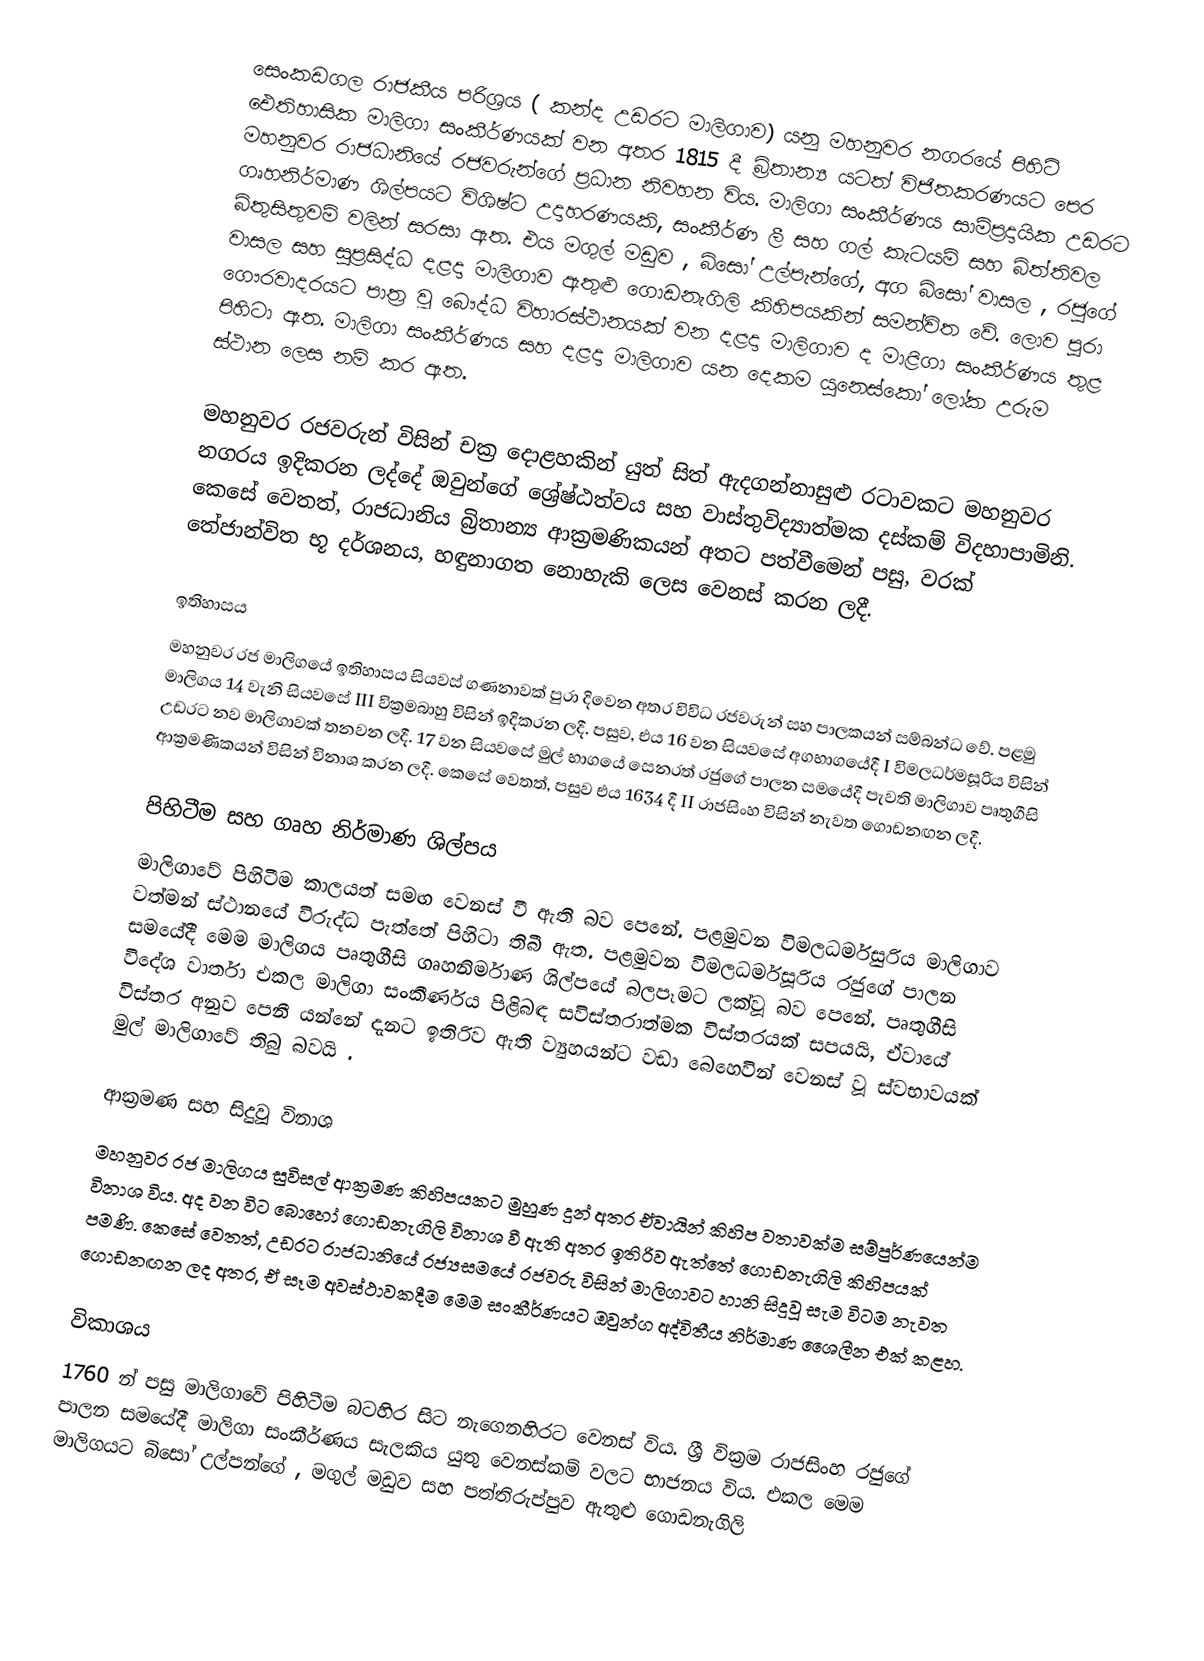
සෙංකඩගල රාජකීය පරිශ්‍රය ( කන්ද උඩරට මාලිගාව) යනු මහනුවර නගරයේ පිහිටි ඓතිහාසික මාලිගා සංකීර්ණයක් වන අතර 1815 දී බ්‍රිතාන්‍ය යටත් විජිතකරණයට පෙර මහනුවර රාජධානියේ රජවරුන්ගේ ප්‍රධාන නිවහන විය. මාලිගා සංකීර්ණය සාම්ප්‍රදායික උඩරට ගෘහනිර්මාණ ශිල්පයට විශිෂ්ට උදාහරණයකි, සංකීර්ණ ලී සහ ගල් කැටයම් සහ බිත්තිවල බිතුසිතුවම් වලින් සරසා ඇත. එය මගුල් මඩුව ,  බිසෝ උල්පැන්ගේ, අග බිසෝ වාසල , රජුගේ වාසල  සහ සුප්‍රසිද්ධ දළදා මාලිගාව ඇතුළු ගොඩනැගිලි කිහිපයකින් සමන්විත වේ. ලොව පුරා ගෞරවාදරයට පාත්‍ර වූ බෞද්ධ විහාරස්ථානයක් වන දළදා මාලිගාව ද මාළිගා සංකීර්ණය තුළ පිහිටා ඇත. මාලිගා සංකීර්ණය සහ දළදා මාලිගාව යන දෙකම යුනෙස්කෝ ලෝක උරුම ස්ථාන ලෙස නම් කර ඇත.

මහනුවර රජවරුන් විසින් චක්‍ර දොළහකින් යුත් සිත් ඇදගන්නාසුළු රටාවකට මහනුවර නගරය ඉදිකරන ලද්දේ ඔවුන්ගේ ශ්‍රේෂ්ඨත්වය සහ වාස්තුවිද්‍යාත්මක දස්කම් විදහාපාමිනි. කෙසේ වෙතත්, රාජධානිය බ්‍රිතාන්‍ය ආක්‍රමණිකයන් අතට පත්වීමෙන් පසු, වරක් තේජාන්විත භූ දර්ශනය, හඳුනාගත නොහැකි ලෙස වෙනස් කරන ලදී.

ඉතිහාසය
මහනුවර රජ මාලිගයේ ඉතිහාසය සියවස් ගණනාවක් පුරා දිවෙන අතර විවිධ රජවරුන් සහ පාලකයන් සම්බන්ධ වේ. පළමු මාලිගය 14 වැනි සියවසේ III වික්‍රමබාහු විසින් ඉදිකරන ලදී. පසුව, එය 16 වන සියවසේ අගභාගයේදී I විමලධර්මසූරිය විසින් උඩරට නව මාලිගාවක් තනවන ලදී. 17 වන සියවසේ මුල් භාගයේ සෙනරත් රජුගේ පාලන සමයේදී පැවති මාලිගාව පෘතුගීසි ආක්‍රමණිකයන් විසින් විනාශ කරන ලදී. කෙසේ වෙතත්, පසුව එය 1634 දී II රාජසිංහ විසින් නැවත ගොඩනඟන ලදී.

පිහිටීම සහ ගෘහ නිර්මාණ ශිල්පය
මාලිගාවේ පිහිටීම කාලයත් සමඟ වෙනස් වී ඇති බව පෙනේ. පළමුවන විමලධර්මසුරිය මාලිගාව වත්මන් ස්ථානයේ විරුද්ධ පැත්තේ පිහිටා තිබී ඇත. පළමුවන විමලධර්මසූරිය රජුගේ පාලන සමයේදී මෙම මාලිගය පෘතුගීසි ගෘහනිර්මාණ ශිල්පයේ බලපෑමට ලක්වූ බව පෙනේ. පෘතුගීසි විදේශ වාර්තා  එකල මාලිගා සංකීර්ණය පිළිබඳ සවිස්තරාත්මක විස්තරයක් සපයයි, ඒවායේ විස්තර අනුව පෙනී යන්නේ දැනට ඉතිරිව ඇති ව්‍යුහයන්ට වඩා බෙහෙවින් වෙනස් වූ ස්වභාවයක් මුල් මාලිගාවේ තිබු බවයි .

ආක්‍රමණ සහ සිදුවූ විනාශ
මහනුවර රජ මාලිගය සුවිසල් ආක්‍රමණ කිහිපයකට මුහුණ දුන් අතර ඒවායින් කිහිප වතාවක්ම සම්පුර්ණයෙන්ම විනාශ විය. අද වන විට බොහෝ ගොඩනැගිලි විනාශ වී ඇති අතර ඉතිරිව ඇත්තේ ගොඩනැගිලි කිහිපයක් පමණි. කෙසේ වෙතත්, උඩරට රාජධානියේ රජ්‍යසමයේ  රජවරු විසින්  මාලිගාවට හානි සිදුවූ සැම විටම  නැවත ගොඩනඟන ලද අතර, ඒ සෑම අවස්ථාවකදීම මෙම සංකීර්ණයට ඔවුන්ග අද්විතීය නිර්මාණ ශෛලීන එක් කළහ.

විකාශය
1760 න් පසු මාලිගාවේ පිහිටීම බටහිර සිට නැගෙනහිරට වෙනස් විය. ශ්‍රී වික්‍රම රාජසිංහ රජුගේ පාලන සමයේදී මාලිගා සංකීර්ණය සැලකිය යුතු වෙනස්කම් වලට භාජනය විය. එකල මෙම මාලිගයට බිසෝ උල්පන්ගේ , මගුල් මඩුව  සහ පත්තිරුප්පුව  ඇතුළු ගොඩනැගිලි